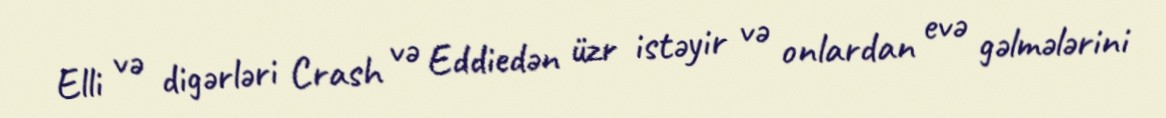
Elli və digərləri Crash və Eddiedən üzr istəyir və onlardan evə gəlmələrini